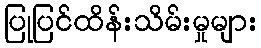
ပြုပြင်ထိန်းသိမ်းမှုများ